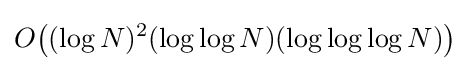
O\!\left((\log N)^{2}(\log \log N)(\log \log \log N)\right)